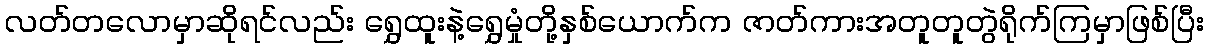
လတ်တလောမှာဆိုရင်လည်း ရွှေထူးနဲ့ရွှေမှုံတို့နှစ်ယောက်က ဇာတ်ကားအတူတူတွဲရိုက်ကြမှာဖြစ်ပြီး